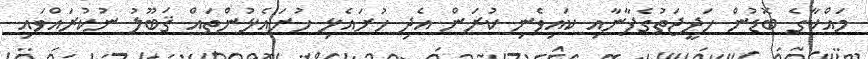
މައްކާގެ ބޮޑުން ޚަދީޖަތުގެފާނާއި ކައިވެނި ކުރަން އެދި ހުށައެޅި ހުށައެޅުންތައް ޤަބޫލު ނުކުރައްވައި